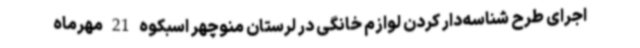
اجرای طرح شناسه‌دار کردن لوازم خانگی در لرستان منوچهر اسبکوه 21 مهرماه